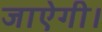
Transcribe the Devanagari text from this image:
जाऐगी।